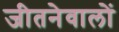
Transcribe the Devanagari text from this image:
जीतनेवालों